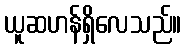
ယူဆဟန်ရှိလေသည်။